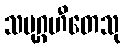
သမုဂ္ဂဟီတေသု